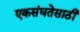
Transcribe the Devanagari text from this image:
एकसंघतेसाठी